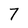
Character: 7